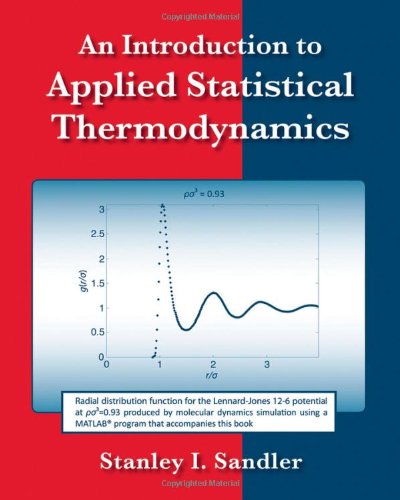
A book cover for An Introduction to Applied Statistical Thermodynamics; Stanley I. Sandler; Science & Math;